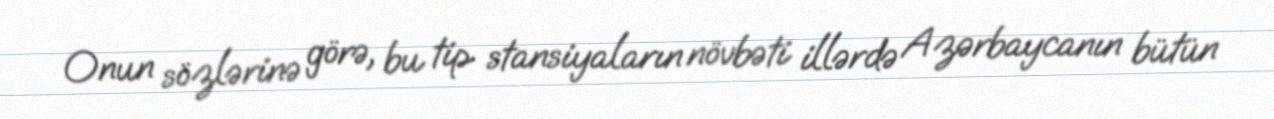
Onun sözlərinə görə, bu tip stansiyaların növbəti illərdə Azərbaycanın bütün